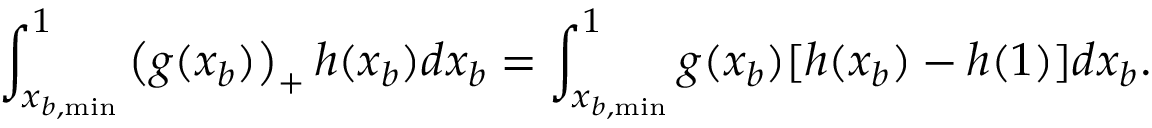
\int _ { x _ { b , \mathrm { m i n } } } ^ { 1 } { \left( g ( x _ { b } ) \right) _ { + } h ( x _ { b } ) d x _ { b } } = \int _ { x _ { b , \mathrm { m i n } } } ^ { 1 } { g ( x _ { b } ) [ h ( x _ { b } ) - h ( 1 ) ] d x _ { b } } .